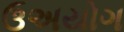
ઉઅયોગ